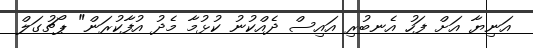
އަނިޔާ އަށް ފަހު އެނބުރި އައިސް ދެއްކުނު ކުޅުމާ މެދު އުފާކުރަން" ޕޯޗުގަލް